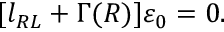
[ l _ { R L } + \Gamma ( R ) ] \varepsilon _ { 0 } = 0 .